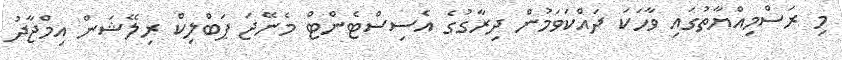
މި ރަސްމިއްޔާތުގައި ވާހަކަ ދައްކަވަމުން ދިރާގުގެ އެސިސްޓެންޓް މެނޭޖަ ޕަބްލިކް ރިލޭޝަން އިމްޖާދު